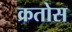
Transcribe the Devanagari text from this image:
क्रतोस